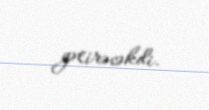
gətirəcəkdi.